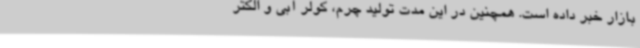
بازار خبر داده است. همچنین در این مدت تولید چرم، کولر آبی و الکتر